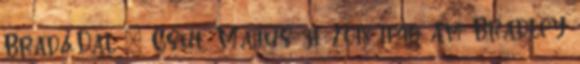
Brad&Dal ₰ Csüt. Május 31, 2018 11:46 am Bradley